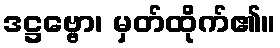
ဒဋ္ဌဗ္ဗော၊ မှတ်ထိုက်၏။